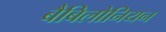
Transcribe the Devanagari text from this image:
बैबिलोनियन